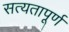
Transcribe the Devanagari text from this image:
सत्यतापूर्ण